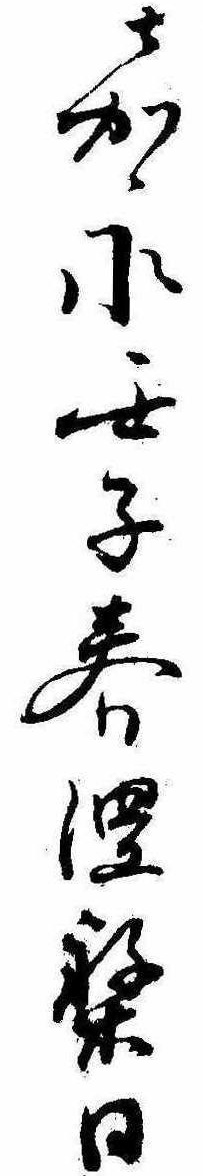
嘉永閏子春涅槃日